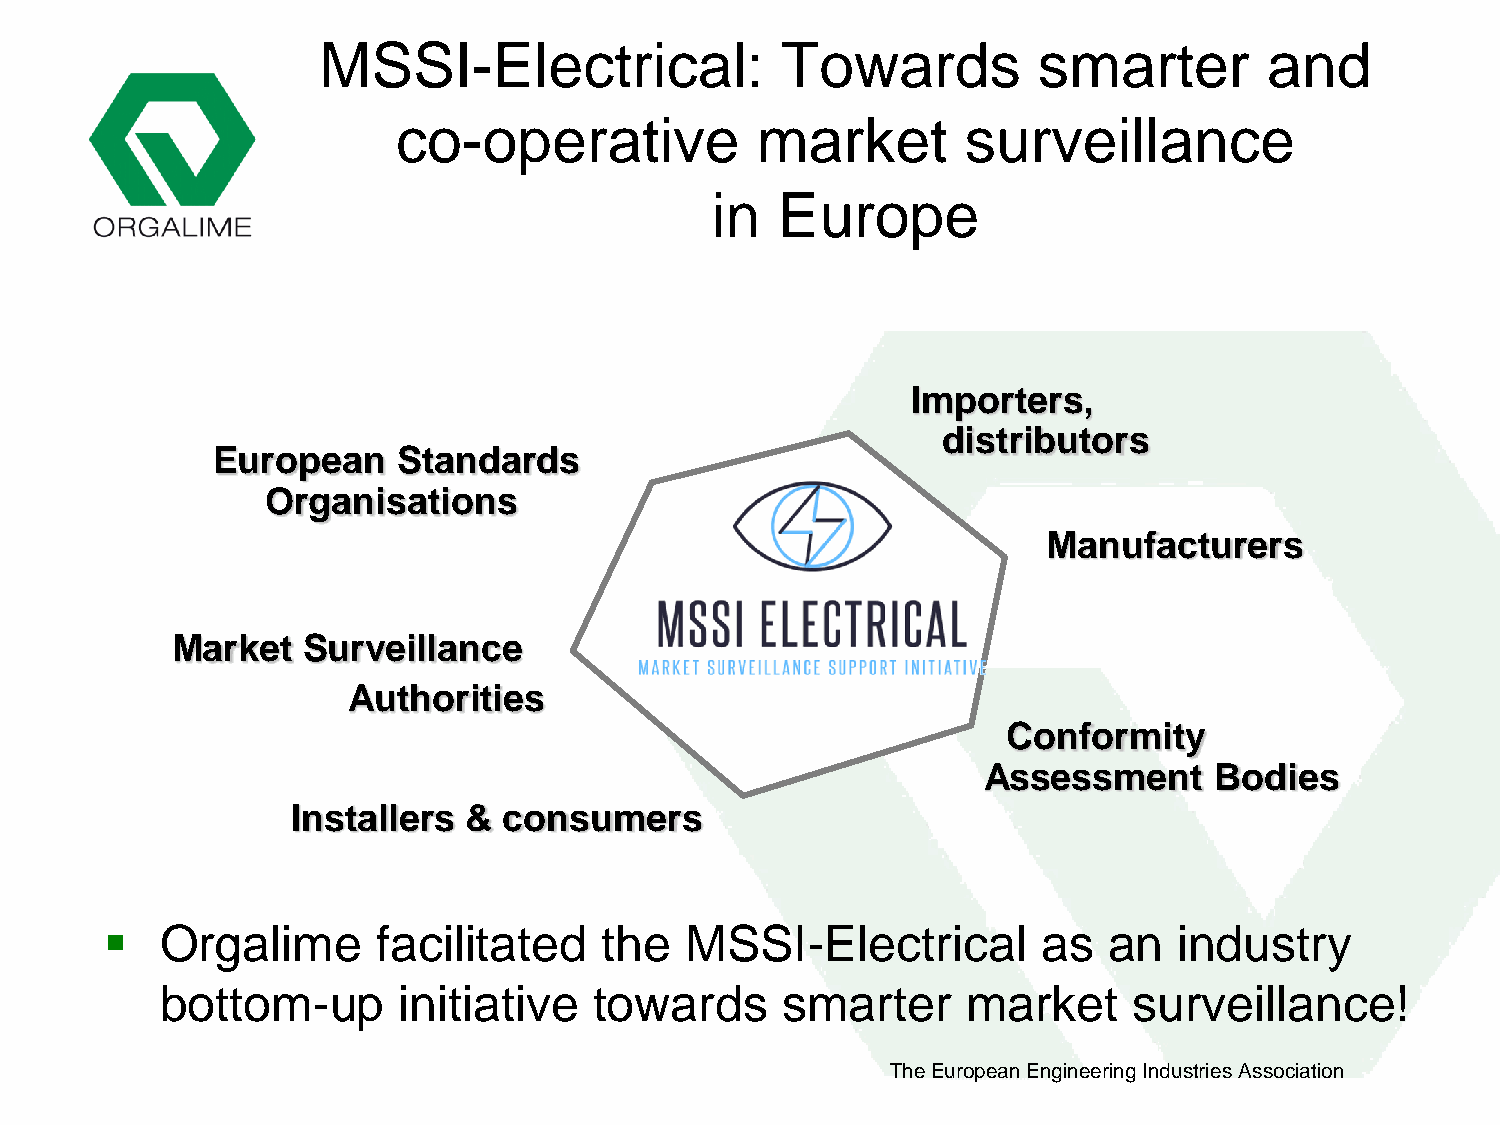
MSSI-Electrical:               Towards          smarter        and
 co-operative            market        surveillance
 in  Europe
 Importers,
 distributors
 European    Standards
 Organisations
 Manufacturers
 Market   Surveillance
 Authorities
 Conformity
 Assessment     Bodies
 Installers  & consumers
    Orgalime      facilitated    the  MSSI-Electrical         as  an   industry
 bottom-up      initiative   towards      smarter     market     surveillance!
 The European Engineering Industries Association